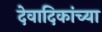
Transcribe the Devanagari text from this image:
देवादिकांच्या